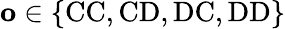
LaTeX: \mathbf{o}\in\{ \mathrm{CC},\mathrm{CD},\mathrm{DC},\mathrm{DD}\}